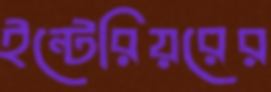
ইন্টেরিয়রের